Vaccination in Bombay 1924-1928 - 1924-1928
Year: 1924
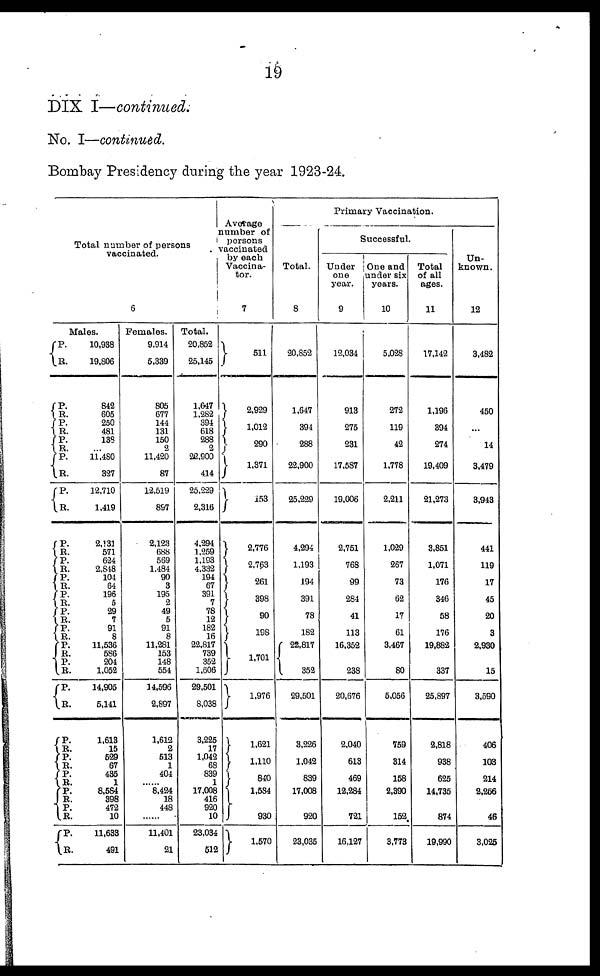
19
DIX I—continued.
No. I—continued.
Bombay Presidency during the year 1923-24.
Total number of persons
vaccinated.
6
Males.
P.
R.
P.
R.
P. R.
P. R.
P.
R.
P.
R.
P. R.
P.
R.
P.
R.
P.
R.
P.
R.
P.
R.
P. R.
P.
R. P.
R.
P.
R.
P.
R.
P. R.
P.
R.
P.
R.
P.
R.
10,938
19,806
842
605
250
481
138
...
11,480
327
12,710
1,419
2,131
571
624
2,648
104
64
196
5
29
7
91
8
11,536
586
204
1,052
14,905
5,141
1,613
15
529
67
435
1
8,584
398
472
10
11,633
491
Females.
9,914
5,339
805
677
144
131
150
2
11,420
87
12,519
897
2,123
688
569
1,484
90
3
195
2
49
5
91
8
11,281
153
148
554
14,596
2,897
1,612
2
513
1
404
...
8,424
18
448
...
11,401
21
Total.
20,852
25,145
1,647
1,282
394
618
288
2
22,900
414
25,229
2,316
4,294
1,259
1,193
4,332
194
67
391
7
78
12
182
16
22,817
739
352
1,606
29,501
8,038
3,225
17
1,042
68
839
1
17,008
416
920
10
23,034
512
Average
number of
persons
vaccinated
by each
Vaccina-
tor.
7
511
2,929
1,012
290
1,371
153
2,776
2,763
261
398
90
198
1,701
1,976
1,621
1,110
840
1,584
930
1,570
Primary Vaccination.
Total.
8
20,852
1,647
394
288
22,900
25,229
4,294
1,193
194
391
78
182
22,817
352
29,501
3,226
1,042
839
17,008
920
23,035
Successful.
Under
one
year.
9
12,034
913
275
231
17,587
19,006
2,751
768
99
284
41
113
16,352
238
20,676
2,040
613
469
12,284
721
16,127
One and
under six
years.
10
5,028
272
119
42
1,778
2,211
1,029
267
73
62
17
61
3,467
80
5,056
759
314
158
2,390
152
3,773
Total
of all
ages.
11
17,142
1,196
394
274
19,409
21,273
3,851
1,071
176
346
58
176
19,882
337
25,897
2,818
938
625
14,735
874
19,990
Un-
known.
12
3,482
450
...
14
3,479
3,943
441
119
17
45
20
3
2,930
15
3,590
406
103
214
2,266
46
3,025